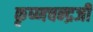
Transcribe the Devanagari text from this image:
कृष्‍णचन्‍द्रजी